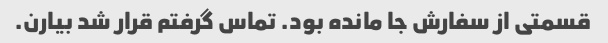
قسمتی از سفارش جا مانده بود. تماس گرفتم قرار شد بیارن.